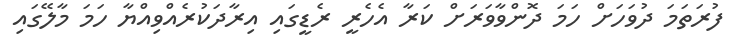
ފުރަތަމަ ދުވަހަށް ހަމަ ދޮންވާވަރަށް ކަރާ އެހެރީ ރެޑީގައި އިރާދަކުރެއްވިއްޔާ ހަމަ މާލޭގައި